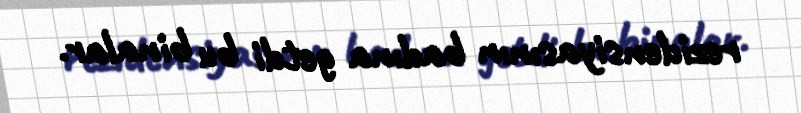
rezidensiyasının badına getdi bu binalar.